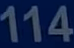
114